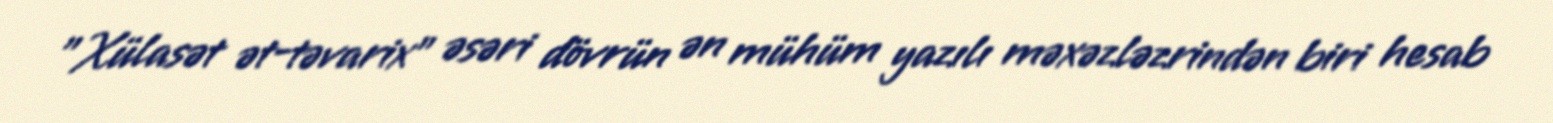
"Xülasət ət-təvarix” əsəri dövrün ən mühüm yazılı məxəzləzrindən biri hesab